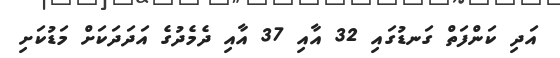
އަދި ކަންފަތް ގަނޑުގައި 32 އާއި 37 އާއި ދެމެދުގެ އަދަދަކަށް މަޑުކަށި